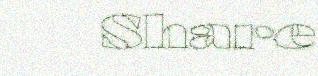
Share